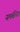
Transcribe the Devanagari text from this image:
समबंधित